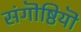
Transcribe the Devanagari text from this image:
संगॊष्ठियॊं